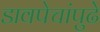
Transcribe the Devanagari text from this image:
डावपेचांपुढे